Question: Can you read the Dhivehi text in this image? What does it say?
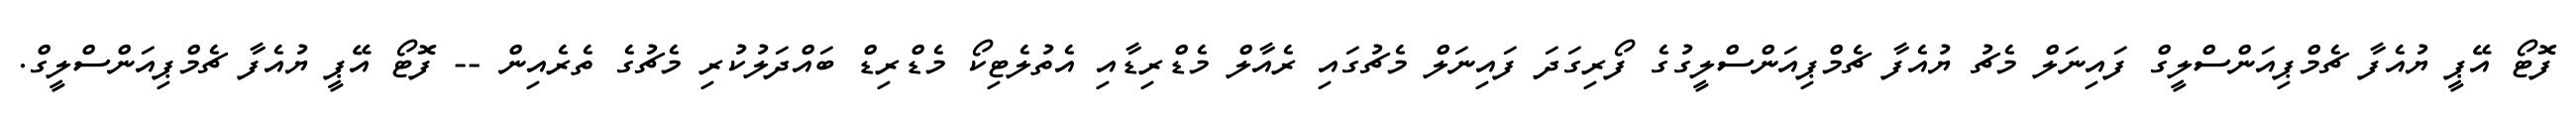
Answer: ފޮޓޯ އޭޕީ ޔުއެފާ ޗެމްޕިއަންސްލީގް ފައިނަލް މެޗު ޔުއެފާ ޗެމްޕިއަންސްލީގުގެ ފޯރިގަދަ ފައިނަލް މެޗުގައި ރެއާލް މެޑްރިޑާއި އެތުލެޓިކޯ މެޑްރިޑް ބައްދަލުކުރި މެޗުގެ ތެރެއިން -- ފޮޓޯ އޭޕީ ޔުއެފާ ޗެމްޕިއަންސްލީގް.